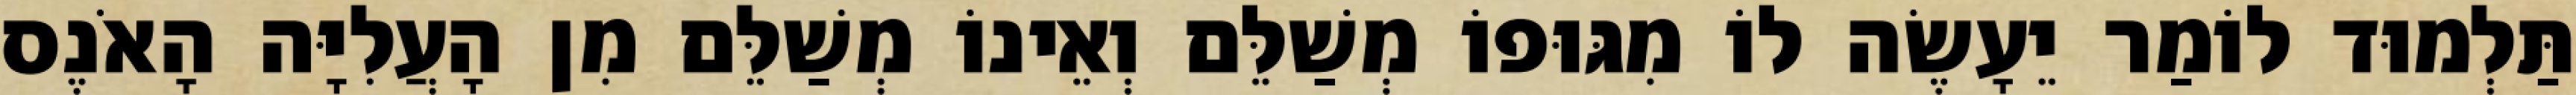
תַּלְמוּד לוֹמַר יֵעָשֶׂה לוֹ מִגּוּפוֹ מְשַׁלֵּם וְאֵינוֹ מְשַׁלֵּם מִן הָעֲלִיָּה הָאֹנֶס